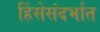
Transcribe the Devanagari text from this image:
हिंसेसंदर्भात